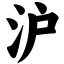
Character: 沪